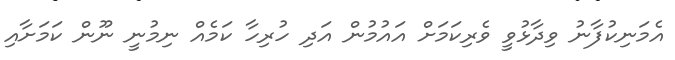
އެމަނިކުފާނު ވިދާޅުވީ ވެރިކަމަށް އައުމުން އަދި ހުރިހާ ކަމެއް ނިމުނީ ނޫން ކަމަށާއި